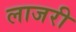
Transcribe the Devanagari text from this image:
लाजरी